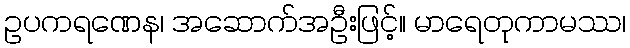
ဥပကရဏေန၊ အဆောက်အဦးဖြင့်။ မာရေတုကာမဿ၊